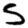
Digit: 5